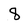
Character: 8